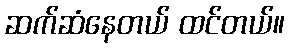
ဆက်ဆံနေတယ် ထင်တယ်။